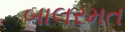
બાલરમત